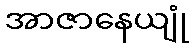
အာဇာနေယျုံ